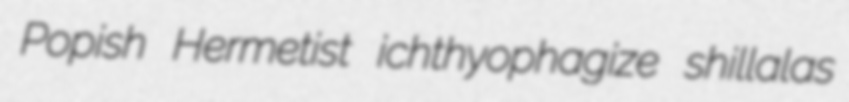
Popish Hermetist ichthyophagize shillalas